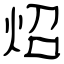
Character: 炤